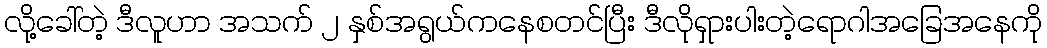
လို့ခေါ်တဲ့ ဒီလူဟာ အသက် ၂ နှစ်အရွယ်ကနေစတင်ပြီး ဒီလိုရှားပါးတဲ့ရောဂါအခြေအနေကို